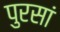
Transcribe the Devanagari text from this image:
पुरसां